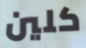
كلين